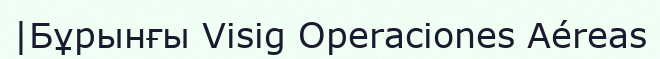
|Бұрынғы Visig Operaciones Aéreas